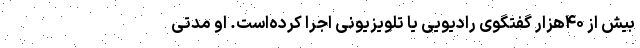
بیش از ۴۰هزار گفتگوی رادیویی یا تلویزیونی اجرا کرده‌است. او مدّتی